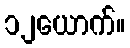
၁၂ယောက်။